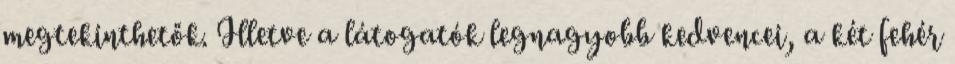
megtekinthetők. Illetve a látogatók legnagyobb kedvencei, a két fehér